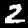
Label: 2